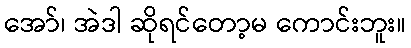
အော်၊ အဲဒါ ဆိုရင်တော့မ ကောင်းဘူး။